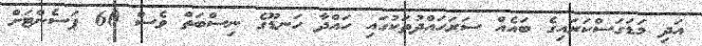
އަދި މަޑަގަސްކަރައިގެ ބައެއް ސަރަހައްދުތަކުގައި ހައްދާ ހަނޑޫގެ ނިސްބަތް ވެސް 60 ޕަސެންޓަށް